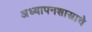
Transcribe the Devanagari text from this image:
अध्यापनशास्त्राचे